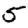
Digit: 5